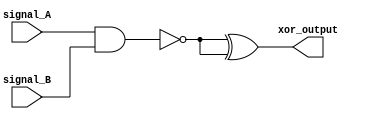
module xor_gate (
    input signal_A,
    input signal_B,
    output xor_output
);

   wire transmission_gate_1;
   wire transmission_gate_2;

   nand nand_gate_1 (transmission_gate_1, signal_A, signal_B);
   nand nand_gate_2 (transmission_gate_2, signal_A, signal_B);

   assign xor_output = transmission_gate_1 ^ transmission_gate_2;

endmodule